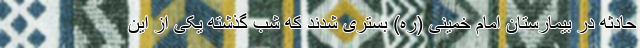
حادثه در بیمارستان امام خمینی (ره) بستری شدند که شب گذشته یکی از این